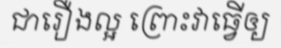
ជារឿងល្អ ព្រោះវាធ្វើឲ្យ